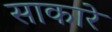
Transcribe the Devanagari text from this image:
साकारे